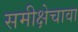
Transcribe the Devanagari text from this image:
समीक्षेचावा